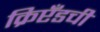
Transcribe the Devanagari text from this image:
क्रिप्टँडची